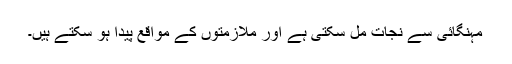
مہنگائی سے نجات مل سکتی ہے اور ملازمتوں کے مواقع پیدا ہو سکتے ہیں۔